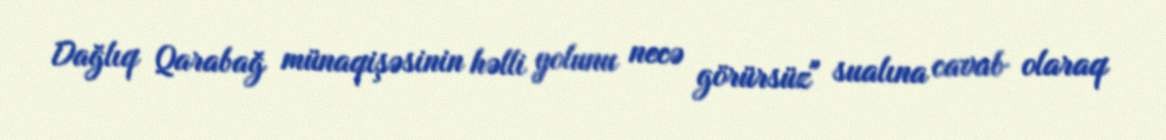
Dağlıq Qarabağ münaqişəsinin həlli yolunu necə görürsüz" sualına cavab olaraq